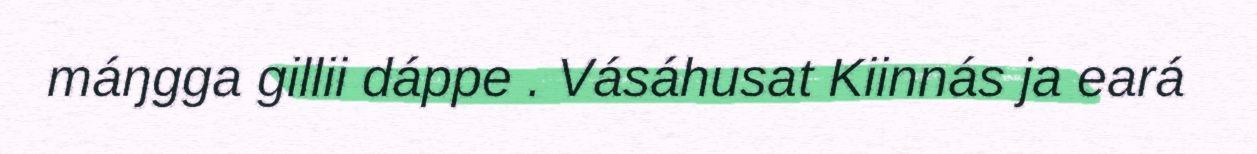
máŋgga gillii dáppe . Vásáhusat Kiinnás ja eará